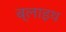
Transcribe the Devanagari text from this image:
ब्लाइथ